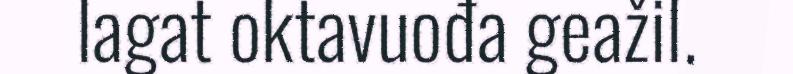
lagat oktavuođa geažil.